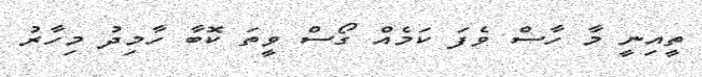
ތީއިނީ މާ ހާސް ވެފަ ކަމެއް ގޯސް ވީތަ ކޮބާ ހާމިދު މިހާރު